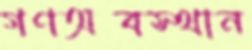
গণঅবস্থান